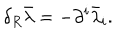
LaTeX: \delta _ { R } \bar { \lambda } = - \partial ^ { i } \bar { \lambda } _ { i } .